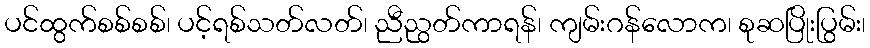
ပင်ထွက်စစ်စစ်၊ ပင့်ရစ်သတ်လတ်၊ ညီညွတ်ကာရန်၊ ကျမ်းဂန်လောက၊ စုဆပြိုးပြွမ်း၊